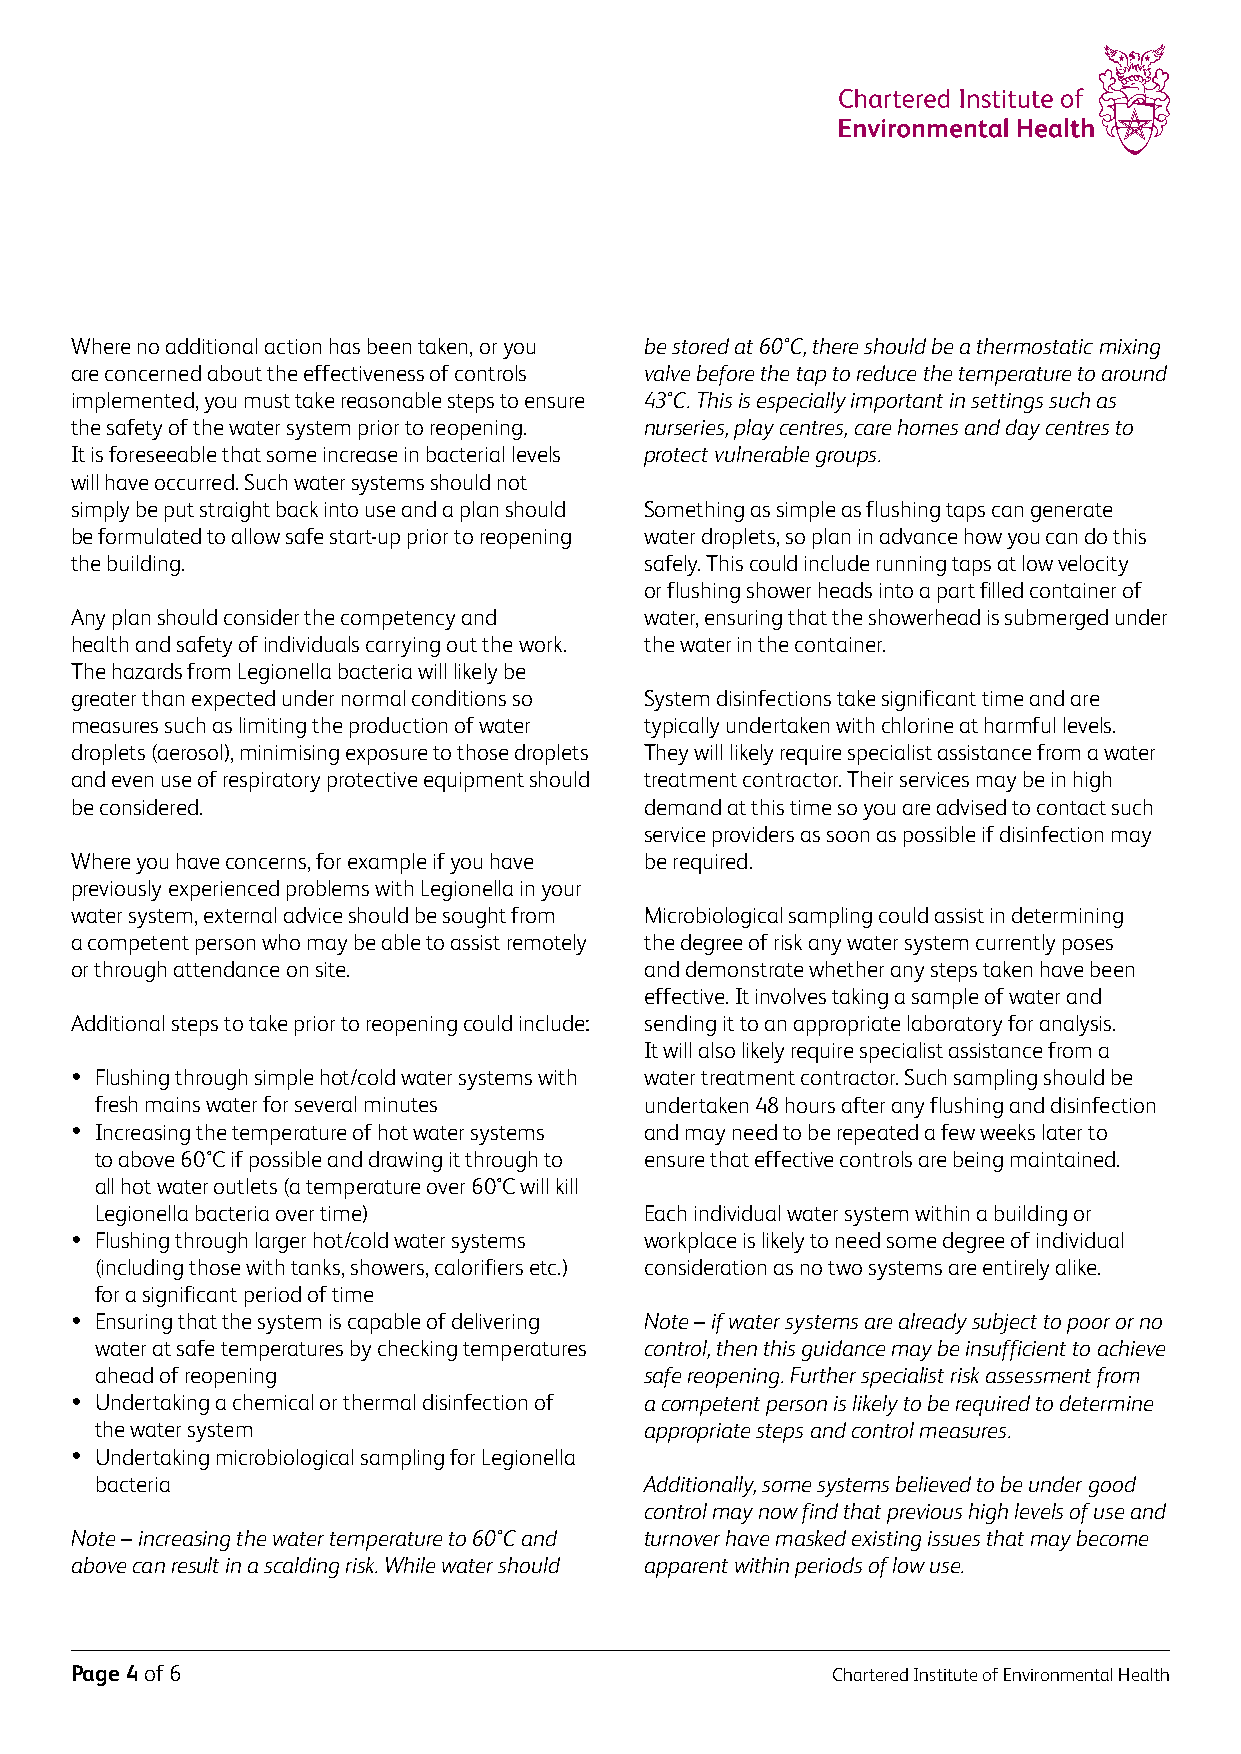
Where no additional action has been taken, or you be stored at 60°C, there should be a thermostatic mixing
 are concerned about the effectiveness of controls valve before the tap to reduce the temperature to around
 implemented, you must take reasonable steps to ensure 43°C. This is especially important in settings such as
 the safety of the water system prior to reopening. nurseries, play centres, care homes and day centres to
 It is foreseeable that some increase in bacterial levels protect vulnerable groups.
 will have occurred. Such water systems should not
 simply be put straight back into use and a plan should Something as simple as flushing taps can generate
 be formulated to allow safe start-up prior to reopening water droplets, so plan in advance how you can do this
 the building.                         safely. This could include running taps at low velocity
 or flushing shower heads into a part filled container of
 Any plan should consider the competency and water, ensuring that the showerhead is submerged under
 health and safety of individuals carrying out the work. the water in the container.
 The hazards from Legionella bacteria will likely be
 greater than expected under normal conditions so System disinfections take significant time and are
 measures such as limiting the production of water typically undertaken with chlorine at harmful levels.
 droplets (aerosol), minimising exposure to those droplets They will likely require specialist assistance from a water
 and even use of respiratory protective equipment should treatment contractor. Their services may be in high
 be considered.                        demand at this time so you are advised to contact such
 service providers as soon as possible if disinfection may
 Where you have concerns, for example if you have be required.
 previously experienced problems with Legionella in your
 water system, external advice should be sought from Microbiological sampling could assist in determining
 a competent person who may be able to assist remotely the degree of risk any water system currently poses
 or through attendance on site.        and demonstrate whether any steps taken have been
 effective. It involves taking a sample of water and
 Additional steps to take prior to reopening could include: sending it to an appropriate laboratory for analysis.
 It will also likely require specialist assistance from a
 • Flushing through simple hot/cold water systems with water treatment contractor. Such sampling should be
 fresh mains water for several minutes undertaken 48 hours after any flushing and disinfection
 • Increasing the temperature of hot water systems and may need to be repeated a few weeks later to
 to above 60°C if possible and drawing it through to ensure that effective controls are being maintained.
 all hot water outlets (a temperature over 60°C will kill
 Legionella bacteria over time)       Each individual water system within a building or
 • Flushing through larger hot/cold water systems workplace is likely to need some degree of individual
 (including those with tanks, showers, calorifiers etc.) consideration as no two systems are entirely alike.
 for a significant period of time
 • Ensuring that the system is capable of delivering Note – if water systems are already subject to poor or no
 water at safe temperatures by checking temperatures control, then this guidance may be insufficient to achieve
 ahead of reopening                   safe reopening. Further specialist risk assessment from
 • Undertaking a chemical or thermal disinfection of a competent person is likely to be required to determine
 the water system                     appropriate steps and control measures.
 • Undertaking microbiological sampling for Legionella
 bacteria                             Additionally, some systems believed to be under good
 control may now find that previous high levels of use and
 Note – increasing the water temperature to 60°C and turnover have masked existing issues that may become
 above can result in a scalding risk. While water should apparent within periods of low use.
 Page 4 of 6                                       Chartered Institute of Environmental Health